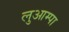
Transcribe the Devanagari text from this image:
लुआम्पा